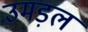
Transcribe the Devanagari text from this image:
उमड़ल